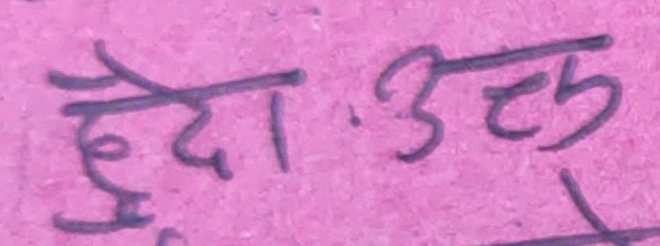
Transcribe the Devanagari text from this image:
छैटौं.उत्तु